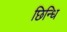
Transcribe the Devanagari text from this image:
छिन्धि